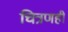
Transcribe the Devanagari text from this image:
चित्रणही